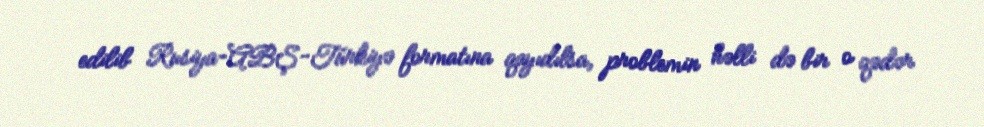
edilib Rusiya-ABŞ-Türkiyə formatına qayıdılsa, problemin həlli də bir o qədər